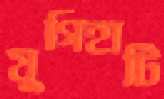
যুগিহাটি